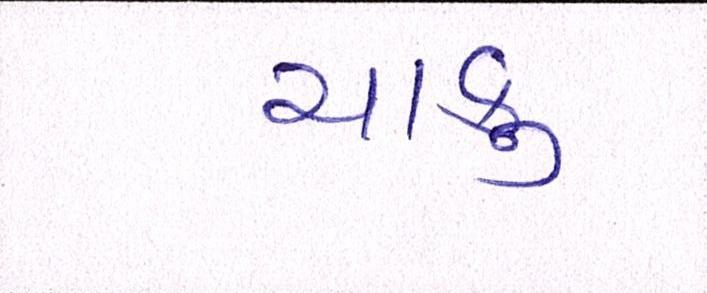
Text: ચાકુ